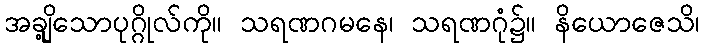
အချို့သောပုဂ္ဂိုလ်ကို။ သရဏဂမနေ၊ သရဏဂုံ၌။ နိယောဇေသိ၊